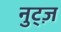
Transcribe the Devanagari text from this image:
नुट्ज़